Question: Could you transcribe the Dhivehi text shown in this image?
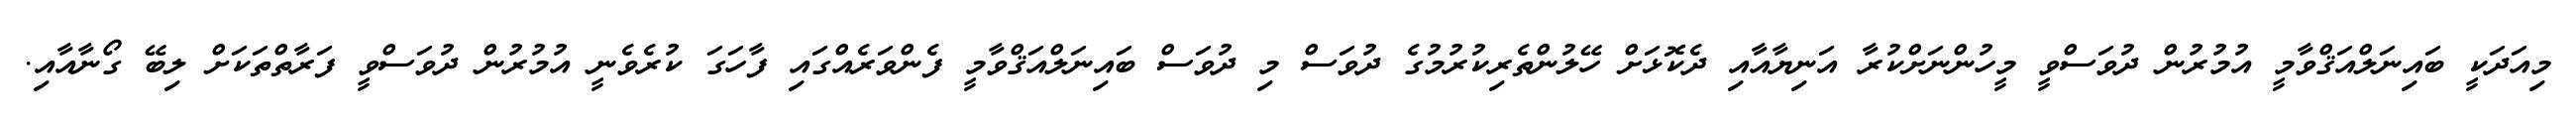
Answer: މިއަދަކީ ބައިނަލްއަޤްވާމީ އުމުރުން ދުވަސްވީ މީހުންނަށްކުރާ އަނިޔާއާއި ދެކޮޅަށް ހޭލުންތެރިކުރުމުގެ ދުވަސް މި ދުވަސް ބައިނަލްއަޤްވާމީ ފެންވަރެއްގައި ފާހަގަ ކުރެވެނީ އުމުރުން ދުވަސްވީ ފަރާތްތަކަށް ލިބޭ ގޯނާއާއި.